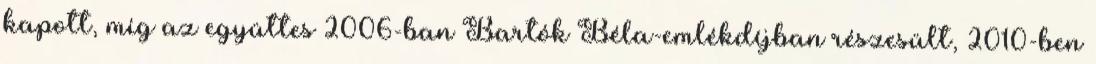
kapott, míg az együttes 2006-ban Bartók Béla-emlékdíjban részesült, 2010-ben